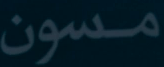
مسون